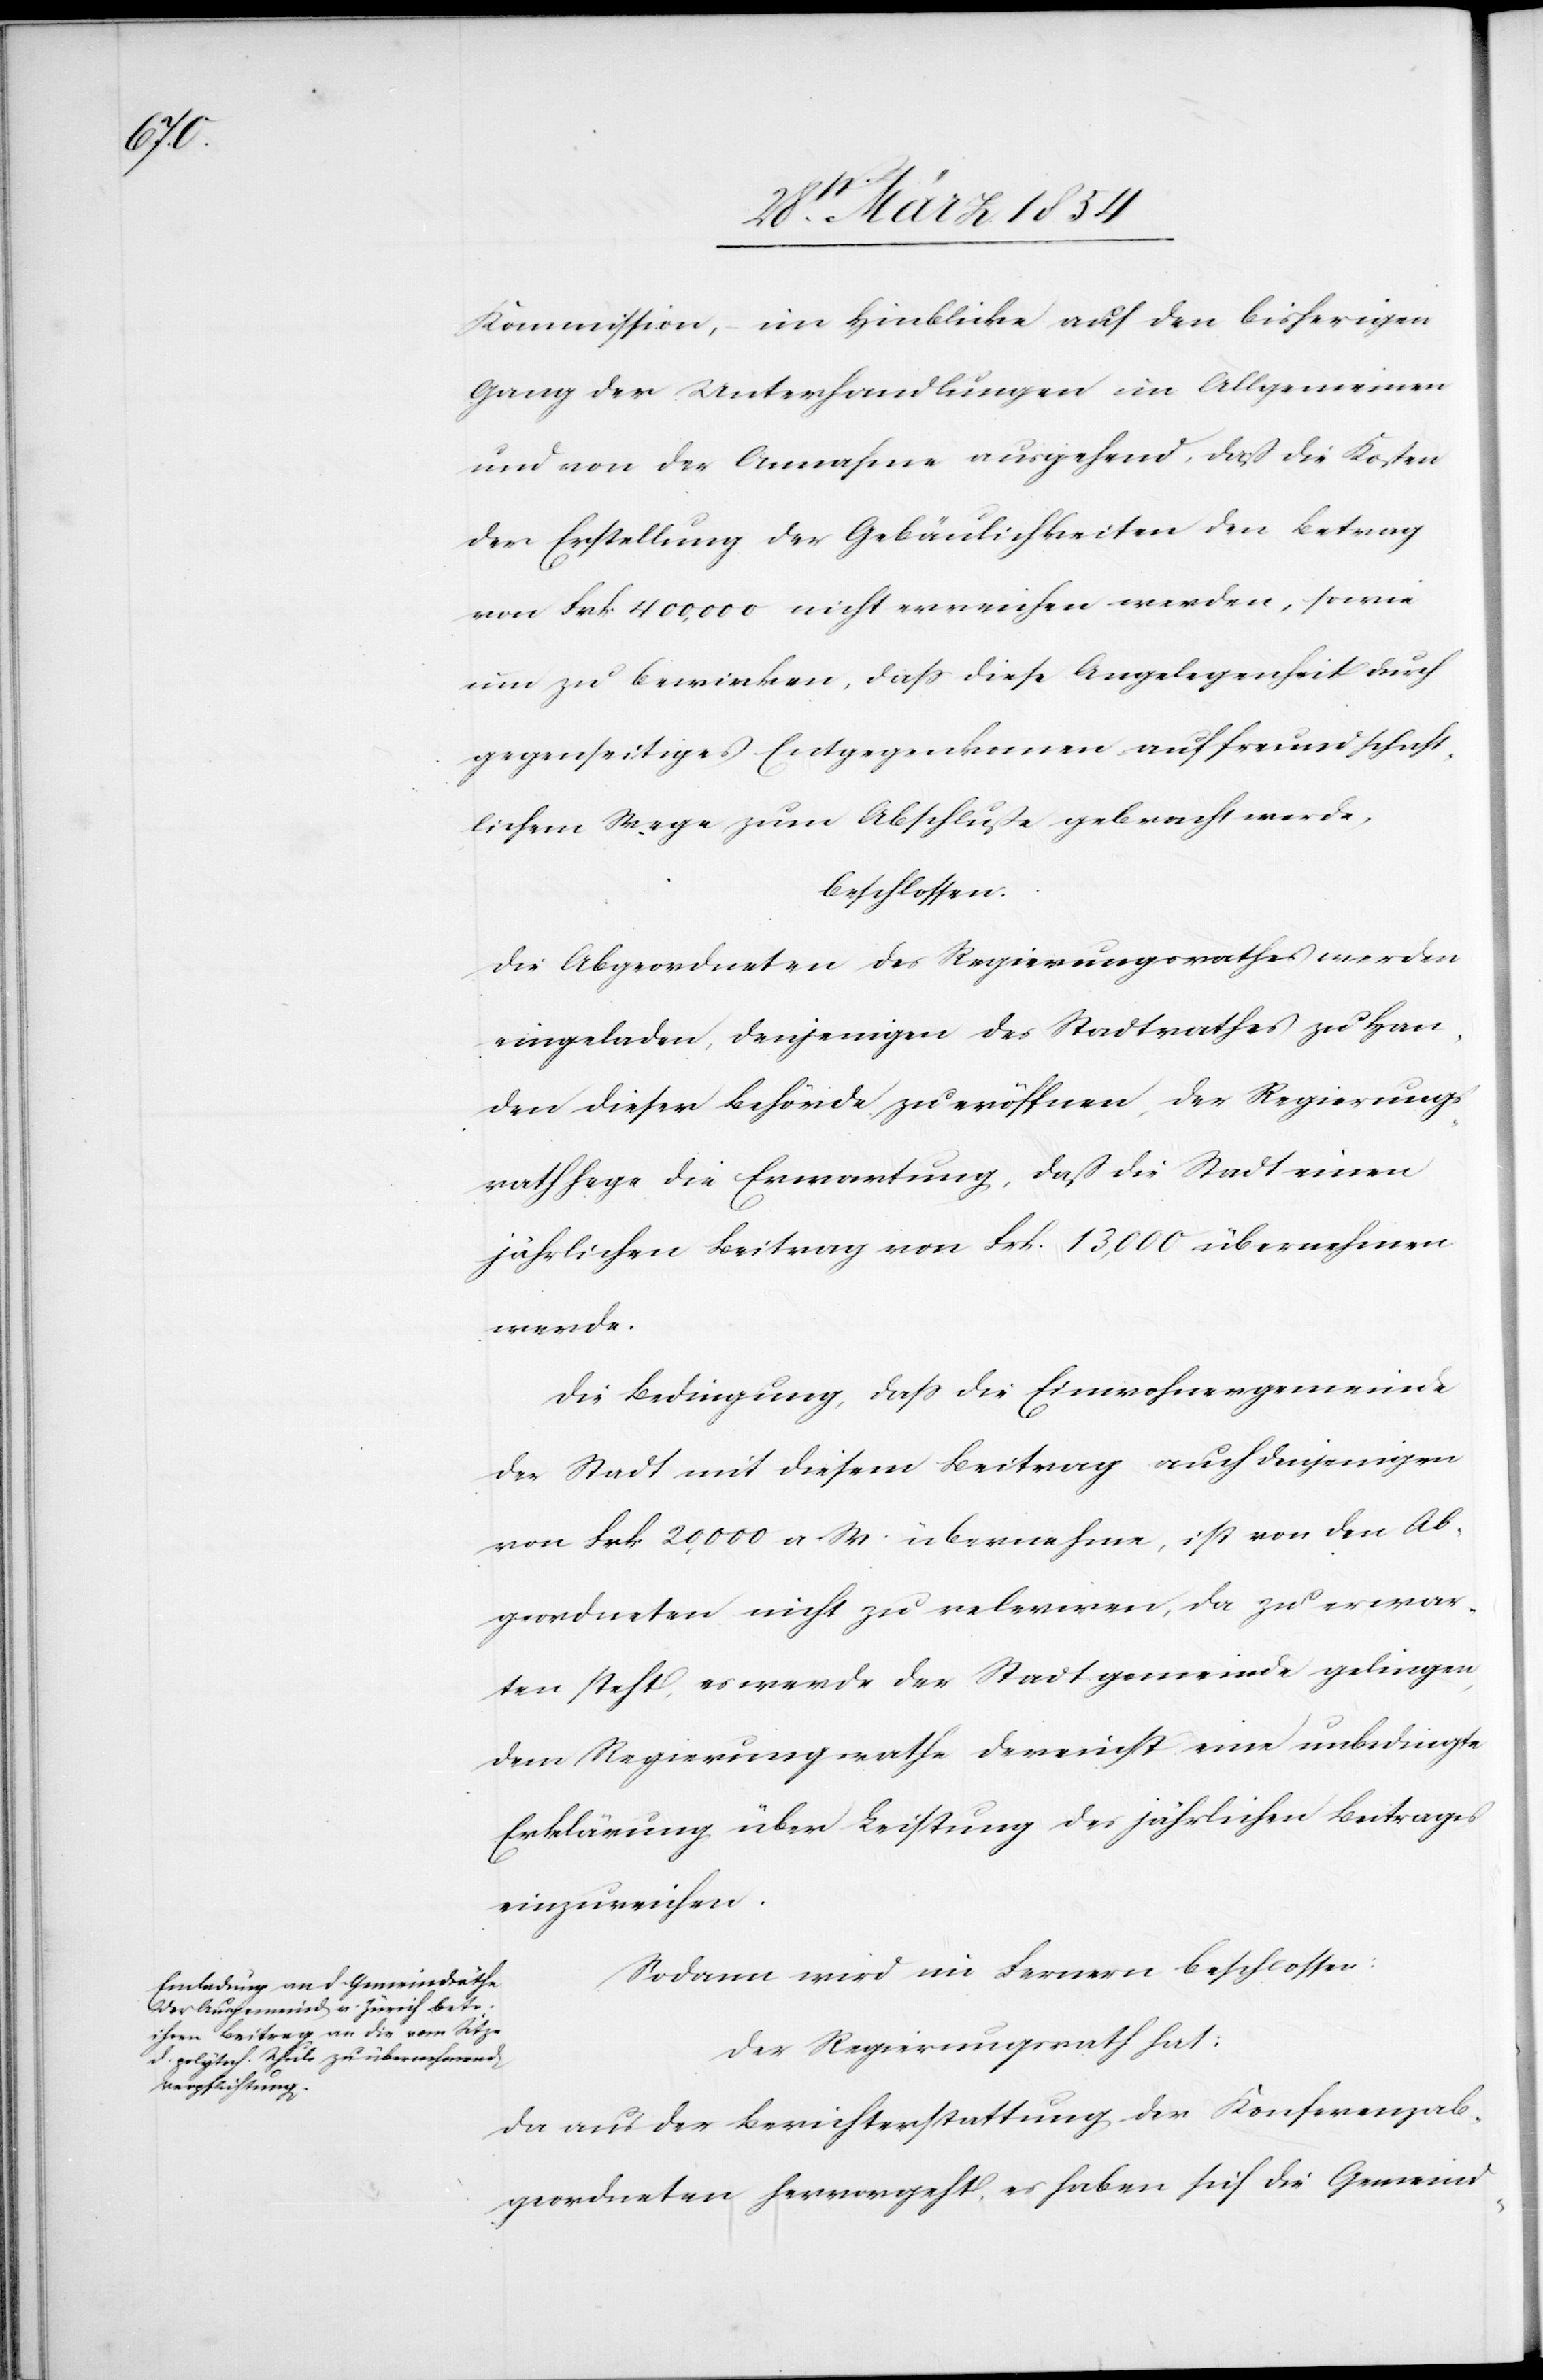
Kommission, – im Hinblicke auf den bisherigen
Gang der Unterhandlungen im Allgemeinen
und von der Annahme ausgehend, daß die Kosten
der Erstellung der Gebäulichkeiten den Betrag
von Frk 400,000 nicht erreichen werden, sowie
um zu bewirken, daß diese Angelegenheit durch
gegenseitiges Entgegenkommen auf freundschaft¬
lichem Wege zum Abschluße gebracht werde,
beschlossen:
Die Abgeordneten des Regierungsrathes werden
eingeladen, denjenigen des Stadtrathes zu Han¬
den dieser Behörde zu eröffnen, der Regierungs¬
rath hege die Erwartung, daß die Stadt einen
jährlichen Beitrag von Frk. 13,000 übernehmen
werde.
Die Bedingung, daß die Einwohnergemeinde
der Stadt mit diesem Beitrag auch denjenigen
von Frk. 20,000 a. W. übernehme, ist von den Ab¬
geordneten nicht zu releviren, da zu erwar¬
ten steht, es werde der Stadtgemeinde gelingen,
dem Regierungsrathe dereinst eine unbedingte
Erklärung über Leistung des jährlichen Beitrages
einzureichen.
Sodann wird im Fernern beschlossen:
Der Regierungsrath hat:
Da aus der Berichterstattung der Konferenzab¬
geordneten hervorgeht, es haben sich die Gemeind-